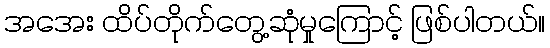
အအေး ထိပ်တိုက်တွေ့ဆုံမှုကြောင့် ဖြစ်ပါတယ်။